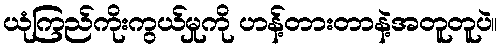
ယုံကြည်ကိုးကွယ်မှုကို ဟန့်တားတာနဲ့အတူတူပဲ။